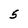
Character: 5